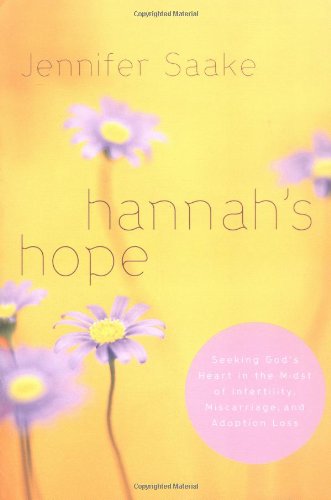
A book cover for Hannah's Hope: Seeking God's Heart in the Midst of Infertility, Miscarriage, and Adoption Loss; Jennifer Saake; Parenting & Relationships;